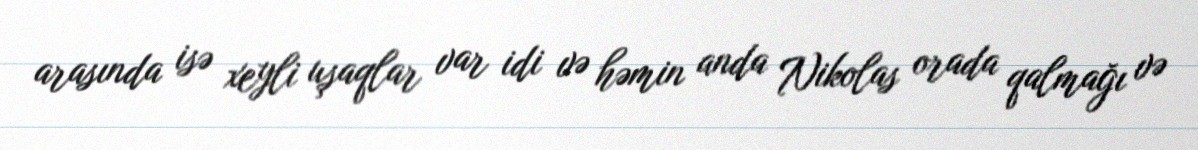
arasında isə xeyli uşaqlar var idi və həmin anda Nikolas orada qalmağı və